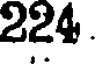
224.